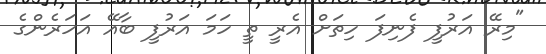
"މިރޭ އަރުފީ ފެނިފަ ހިތަށް އެރީ ތީ ހަމަ އަރުފީ ބާއޭ އަހަރެންގެ